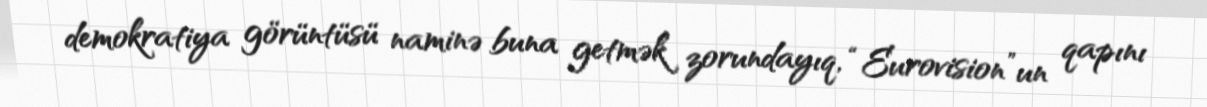
demokratiya görüntüsü naminə buna getmək zorundayıq, “Eurovision”un qapını